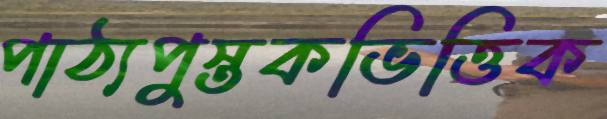
পাঠ্যপুস্তকভিত্তিক